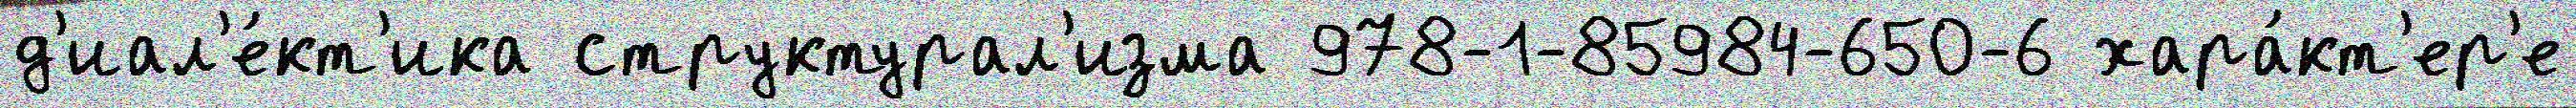
д'иал'е́кт'ика структурал'изма 978-1-85984-650-6 хара́кт'ер'е